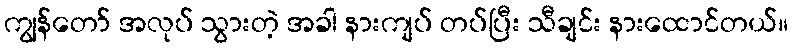
ကျွန်တော် အလုပ် သွားတဲ့ အခါ နားကျပ် တပ်ပြီး သီချင်း နားထောင်တယ်။